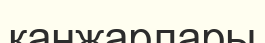
қанжарлары